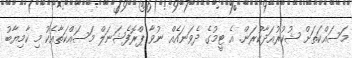
މަސައްކަތަށް ޝުކުރުއަދާކުރަން. އެ ޓީމުގެ ދެވަނައެއް ނުވާ ޕްރޮފެޝަނަލް މަސައްކަތާއެކު މި ކާމިޔާބު